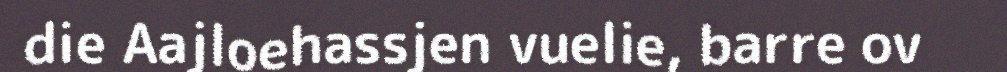
die Aajloehassjen vuelie, barre ov